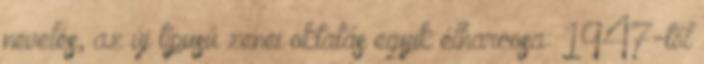
nevelés, az új típusú zenei oktatás egyik élharcosa: 1947-től